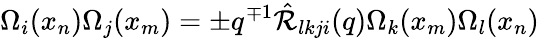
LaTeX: \Omega_{i}(x_{n})\Omega_{j}(x_{m})=\pm q^{\mp 1}\hat{{\cal R}}_{lkji}(q)\Omega_{k}(x_{m})\Omega_{l}(x_{n})